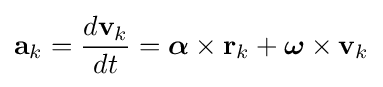
\mathbf {a} _{k}={\frac {d\mathbf {v} _{k}}{dt}}={\boldsymbol {\alpha }}\times \mathbf {r} _{k}+{\boldsymbol {\omega }}\times \mathbf {v} _{k}